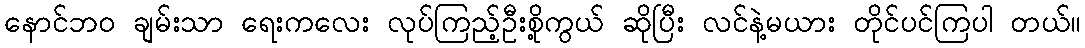
နောင်ဘဝ ချမ်းသာ ရေးကလေး လုပ်ကြည့်ဦးစို့ကွယ် ဆိုပြီး လင်နဲ့မယား တိုင်ပင်ကြပါ တယ်။